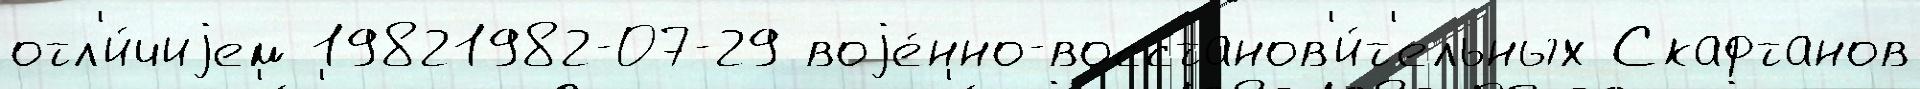
отл'и́чиjем 19821982-07-29 воjе́нно-восстанов'и́т'ельных Скафтанов